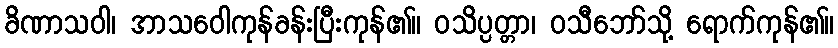
ခိဏာသဝါ၊ အာသဝေါကုန်ခန်းပြီးကုန်၏။ ဝသိပ္ပတ္တာ၊ ဝသီဘော်သို့ ရောက်ကုန်၏။